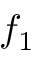
f _ { 1 }